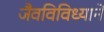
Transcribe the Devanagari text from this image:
जैवविविध्याने